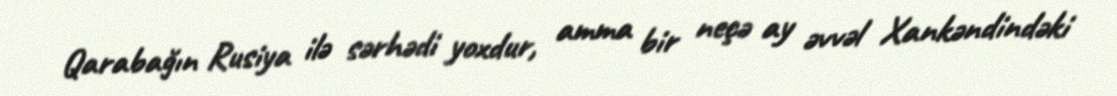
Qarabağın Rusiya ilə sərhədi yoxdur, amma bir neçə ay əvvəl Xankəndindəki